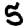
Digit: 5